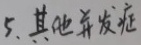
5. 其他并发症